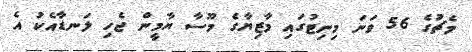
މެޗުގެ 56 ވަނަ މިނިޓުގައި މާޒިޔާގެ މޫސާ ޔާމީން ޖެހި ލަނޑާއެކު އެ